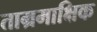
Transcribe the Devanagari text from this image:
ताम्रमाक्षिक